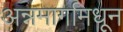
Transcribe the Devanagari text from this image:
अन्नमार्गामधून